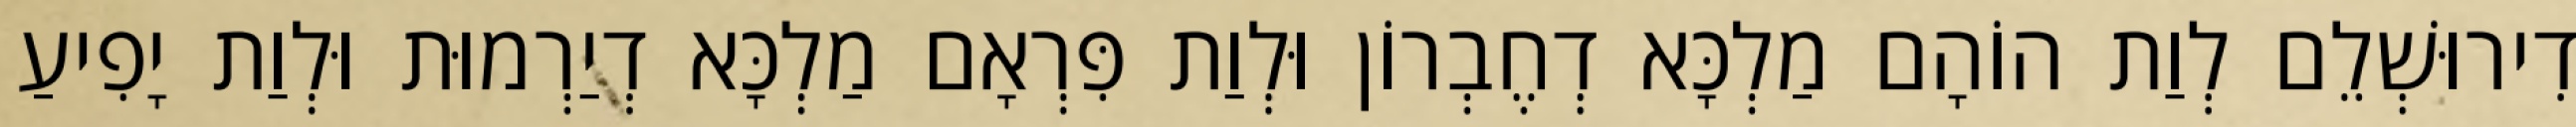
דִירוּשְׁלֵם לְוַת הוֹהָם מַלְכָּא דְחֶבְרוֹן וּלְוַת פִּרְאָם מַלְכָּא דְיַרְמוּת וּלְוַת יָפִיעַ